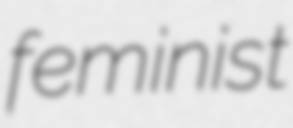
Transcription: feminist